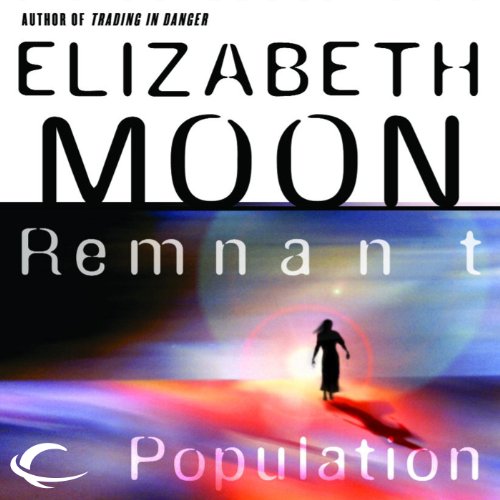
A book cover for Remnant Population; Elizabeth Moon; Science Fiction & Fantasy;